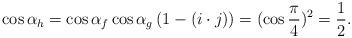
LaTeX: \begin{gather*}\cos{\alpha_h}=\cos{\alpha_f}\cos{\alpha_g}\left(1-(i\cdot j)\right)=(\cos\frac{\pi}{4})^2=\frac{1}{2}.\end{gather*}